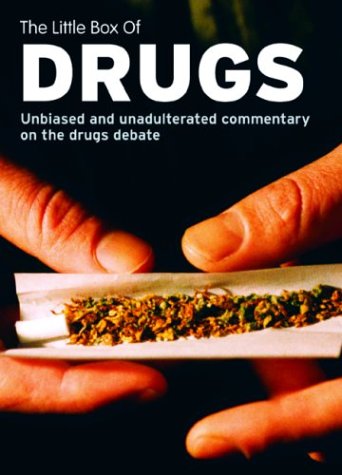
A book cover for The Little Box of Drugs: Unbiased and Unadulterated Commentary on the Drugs Debate; Nick Brownlee; Medical Books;